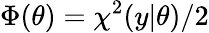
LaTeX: \Phi(\theta)=\chi^{2}(y|\theta)/2